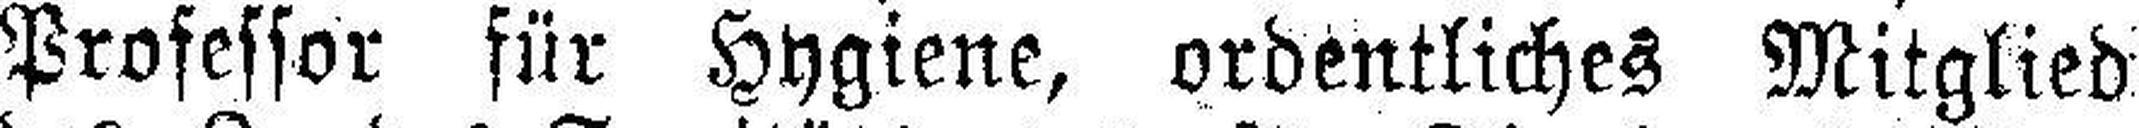
Professor für Hygiene, ordentliches Mitglied